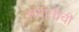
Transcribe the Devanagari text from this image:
संगीतीची